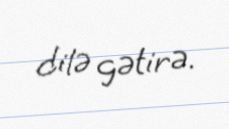
dilə gətirə.